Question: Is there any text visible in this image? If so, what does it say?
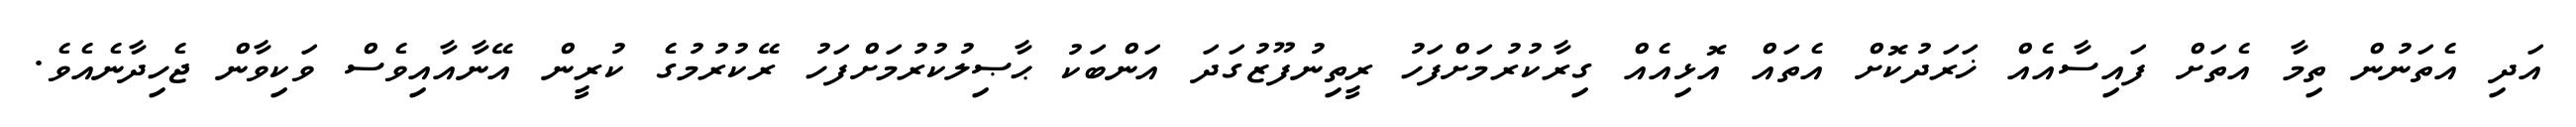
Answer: އަދި އެތަނުން ތިމާ އެތަށް ފައިސާއެއް ޚަރަދުކޮށް އެތައް އޮޅިއެއް ގިރާކުރުމަށްފަހު ރީތިނުފޫޒުގަދަ އަންބަކު ޙާޞިލުކުރުމަށްފަހު ރޭކުރުމުގެ ކުރީން އޭނާއާއިވެސް ވަކިވާން ޖެހިދާނެއެވެ.